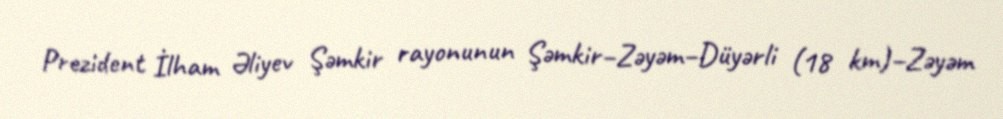
Prezident İlham Əliyev Şəmkir rayonunun Şəmkir–Zəyəm–Düyərli (18 km)–Zəyəm